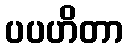
ပပဟိတာ